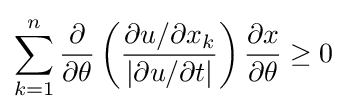
\sum _{k=1}^{n}{\frac {\partial }{\partial \theta }}\left({\frac {\partial u/\partial x_{k}}{\left|\partial u/\partial t\right|}}\right){\frac {\partial x}{\partial \theta }}\geq 0